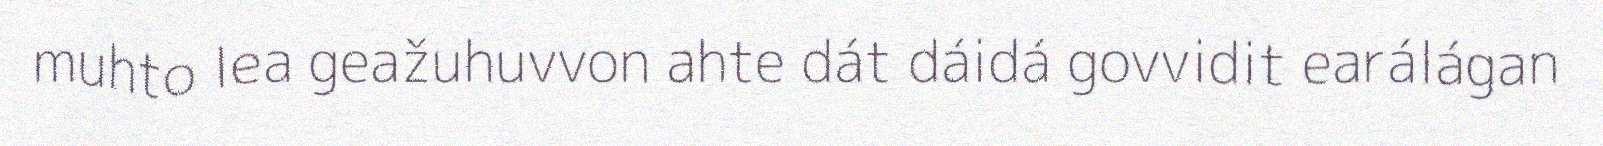
muhto lea geažuhuvvon ahte dát dáidá govvidit earálágan